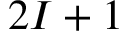
2 I + 1